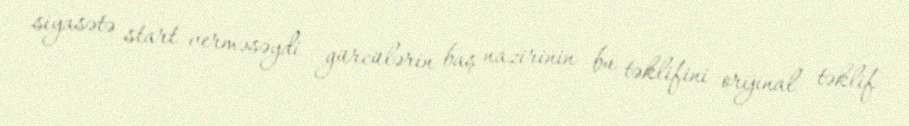
siyasətə start verməsəydi gürcülərin baş nazirinin bu təklifini orijinal təklif